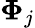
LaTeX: \boldsymbol{\Phi}_{j}